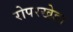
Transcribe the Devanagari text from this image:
रोपरखेडा